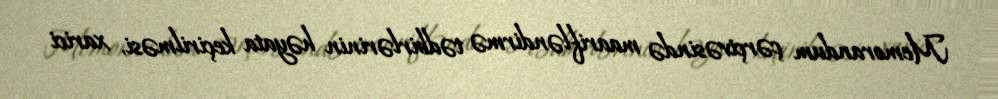
Memorandum çərçivəsində maarifləndirmə tədbirlərinin həyata keçirilməsi, xarici